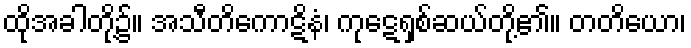
ထိုအခါတို့၌။ အသီတိကောဋိနံ၊ ကုဋေရှစ်ဆယ်တို့၏။ တတိယော၊